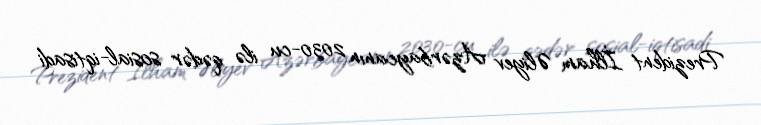
Prezident İlham Əliyev Azərbaycanın 2030-cu ilə qədər sosial-iqtisadi